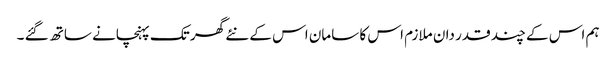
ہم اس کے چند قدر دان ملازم اس کا سامان اس کے نئے گھر تک پہنچانے ساتھ گئے ۔